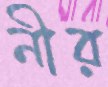
নীর